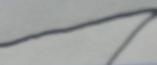
Signature authenticity: forged